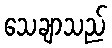
သေချာသည်